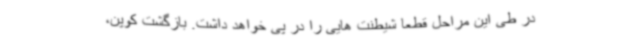
در طی این مراحل قطعا شیطنت هایی را در پی خواهد داشت. بازگشت کوپن،